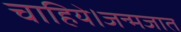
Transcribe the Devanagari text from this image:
चाहिये।जन्मजात